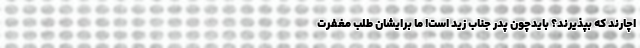
اچارند که بپذیرند؟ بایدچون پدر جناب زید است! ما برایشان طلب مغفرت